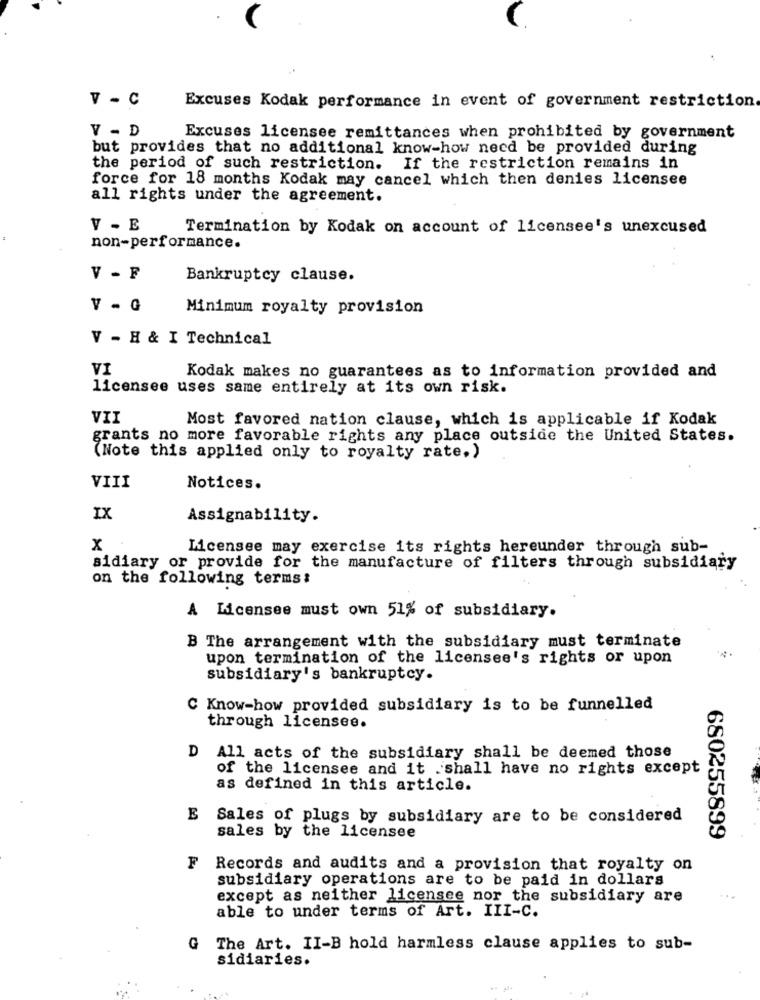
V - C
Excuses Kodak performance in event of government restriction
V - D
Excuses licensee remittances when prohibited by government
but provides that no additional know-how need be provided during
the period of such restriction. If the restriction remains in
force for 18 months Kodak may cancel which then denies licensee
all rights under the agreement.
V - E
Termination by Kodak on account of licensee's unexcused
non-performance.
V - F
Bankruptcy clause.
v - G
Minimum royalty provision
V - H & I Technical
VI
Kodak makes no guarantees as to information provided and
licensee uses same entirely at its own risk.
VII
Most favored nation clause, which is applicable if Kodak
grants no more favorable rights any place outside the United States.
(Note this applied only to royalty rate.)
VIII
Notices.
IX
Assignability.
x
Licensee may exercise its rights hereunder through sub-
sidiary or provide for the manufacture of filters through subsidiary
on the following terms:
A Licensee must own 51% of subsidiary.
B The arrangement with the subsidiary must terminate
upon termination of the licensee's rights or upon
subsidiary's bankruptcy.
C Know-how provided subsidiary is to be funnelled
through licensee.
D All acts of the subsidiary shall be deemed those
of the licensee and it .shall have no rights except
as defined in this article.
E
Sales of plugs by subsidiary are to be considered
sales by the licensee
680255899
F
Records and audits and a provision that royalty on
subsidiary operations are to be paid in dollars
except as neither licensee nor the subsidiary are
able to under terms of Art. III-C.
G
The Art. II-B hold harmless clause applies to sub-
sidiaries.